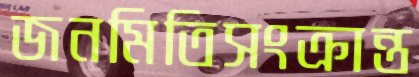
জনমিতিসংক্রান্ত